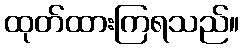
ထုတ်ထားကြရသည်။